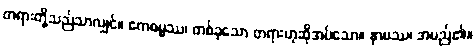
တရားတို့သည်သာလျှင်။ ဧကဓမ္မဿ၊ တစ်ခုသော တရားဟုဆိုအပ်သော။ နာမဿ၊ အမည်၏။